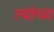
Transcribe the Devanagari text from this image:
त्यांच्य